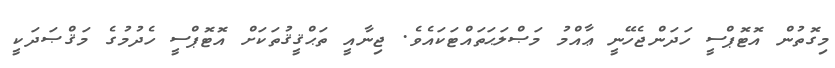
މިގޮތުން އޮޓޮޕްސީ ހަދަންޖެހޭނީ ޢާއްމު މަޞްލަޙަތައްޓަކައެވެ. ޖިނާއީ ތަޙްޤީޤުތަކަށް އޮޓޮޕްސީ ހެދުމުގެ މަޤްޞަދަކީ